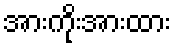
အားကိုးအားထား